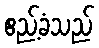
ဧည့်ခံသည်